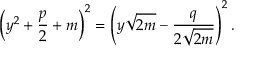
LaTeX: \left( y ^ { 2 } + { \frac { p } { 2 } } + m \right) ^ { 2 } = \left( y { \sqrt { 2 m } } - { \frac { q } { 2 { \sqrt { 2 m } } } } \right) ^ { 2 } .